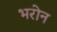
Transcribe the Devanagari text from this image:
भरोन